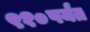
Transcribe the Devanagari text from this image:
९१०पर्यंत